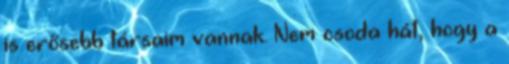
is erősebb társaim vannak. Nem csoda hát, hogy a